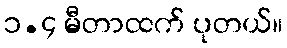
၁.၄ မီတာထက် ပုတယ်။